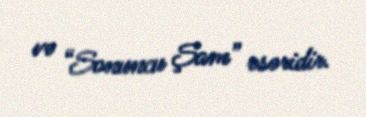
və “Sonuncu Şam” əsəridir.